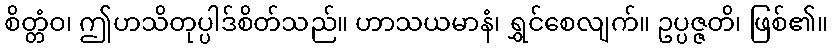
စိတ္တံဝ၊ ဤဟသိတုပ္ပါဒ်စိတ်သည်။ ဟာသယမာနံ၊ ရွှင်စေလျက်။ ဥပ္ပဇ္ဇတိ၊ ဖြစ်၏။